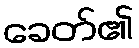
ခေတ်၏